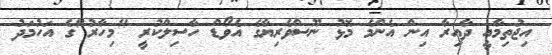
އިޖުތިމާއީ ދާއިރާ އިން އެންމެ މޮޅު ނޫސްވެރިޔާގެ އެވޯޑް ހާސިލްކުރީ "މިހާރު"ގެ އަހުމަދު